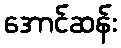
အောင်ဆန်း